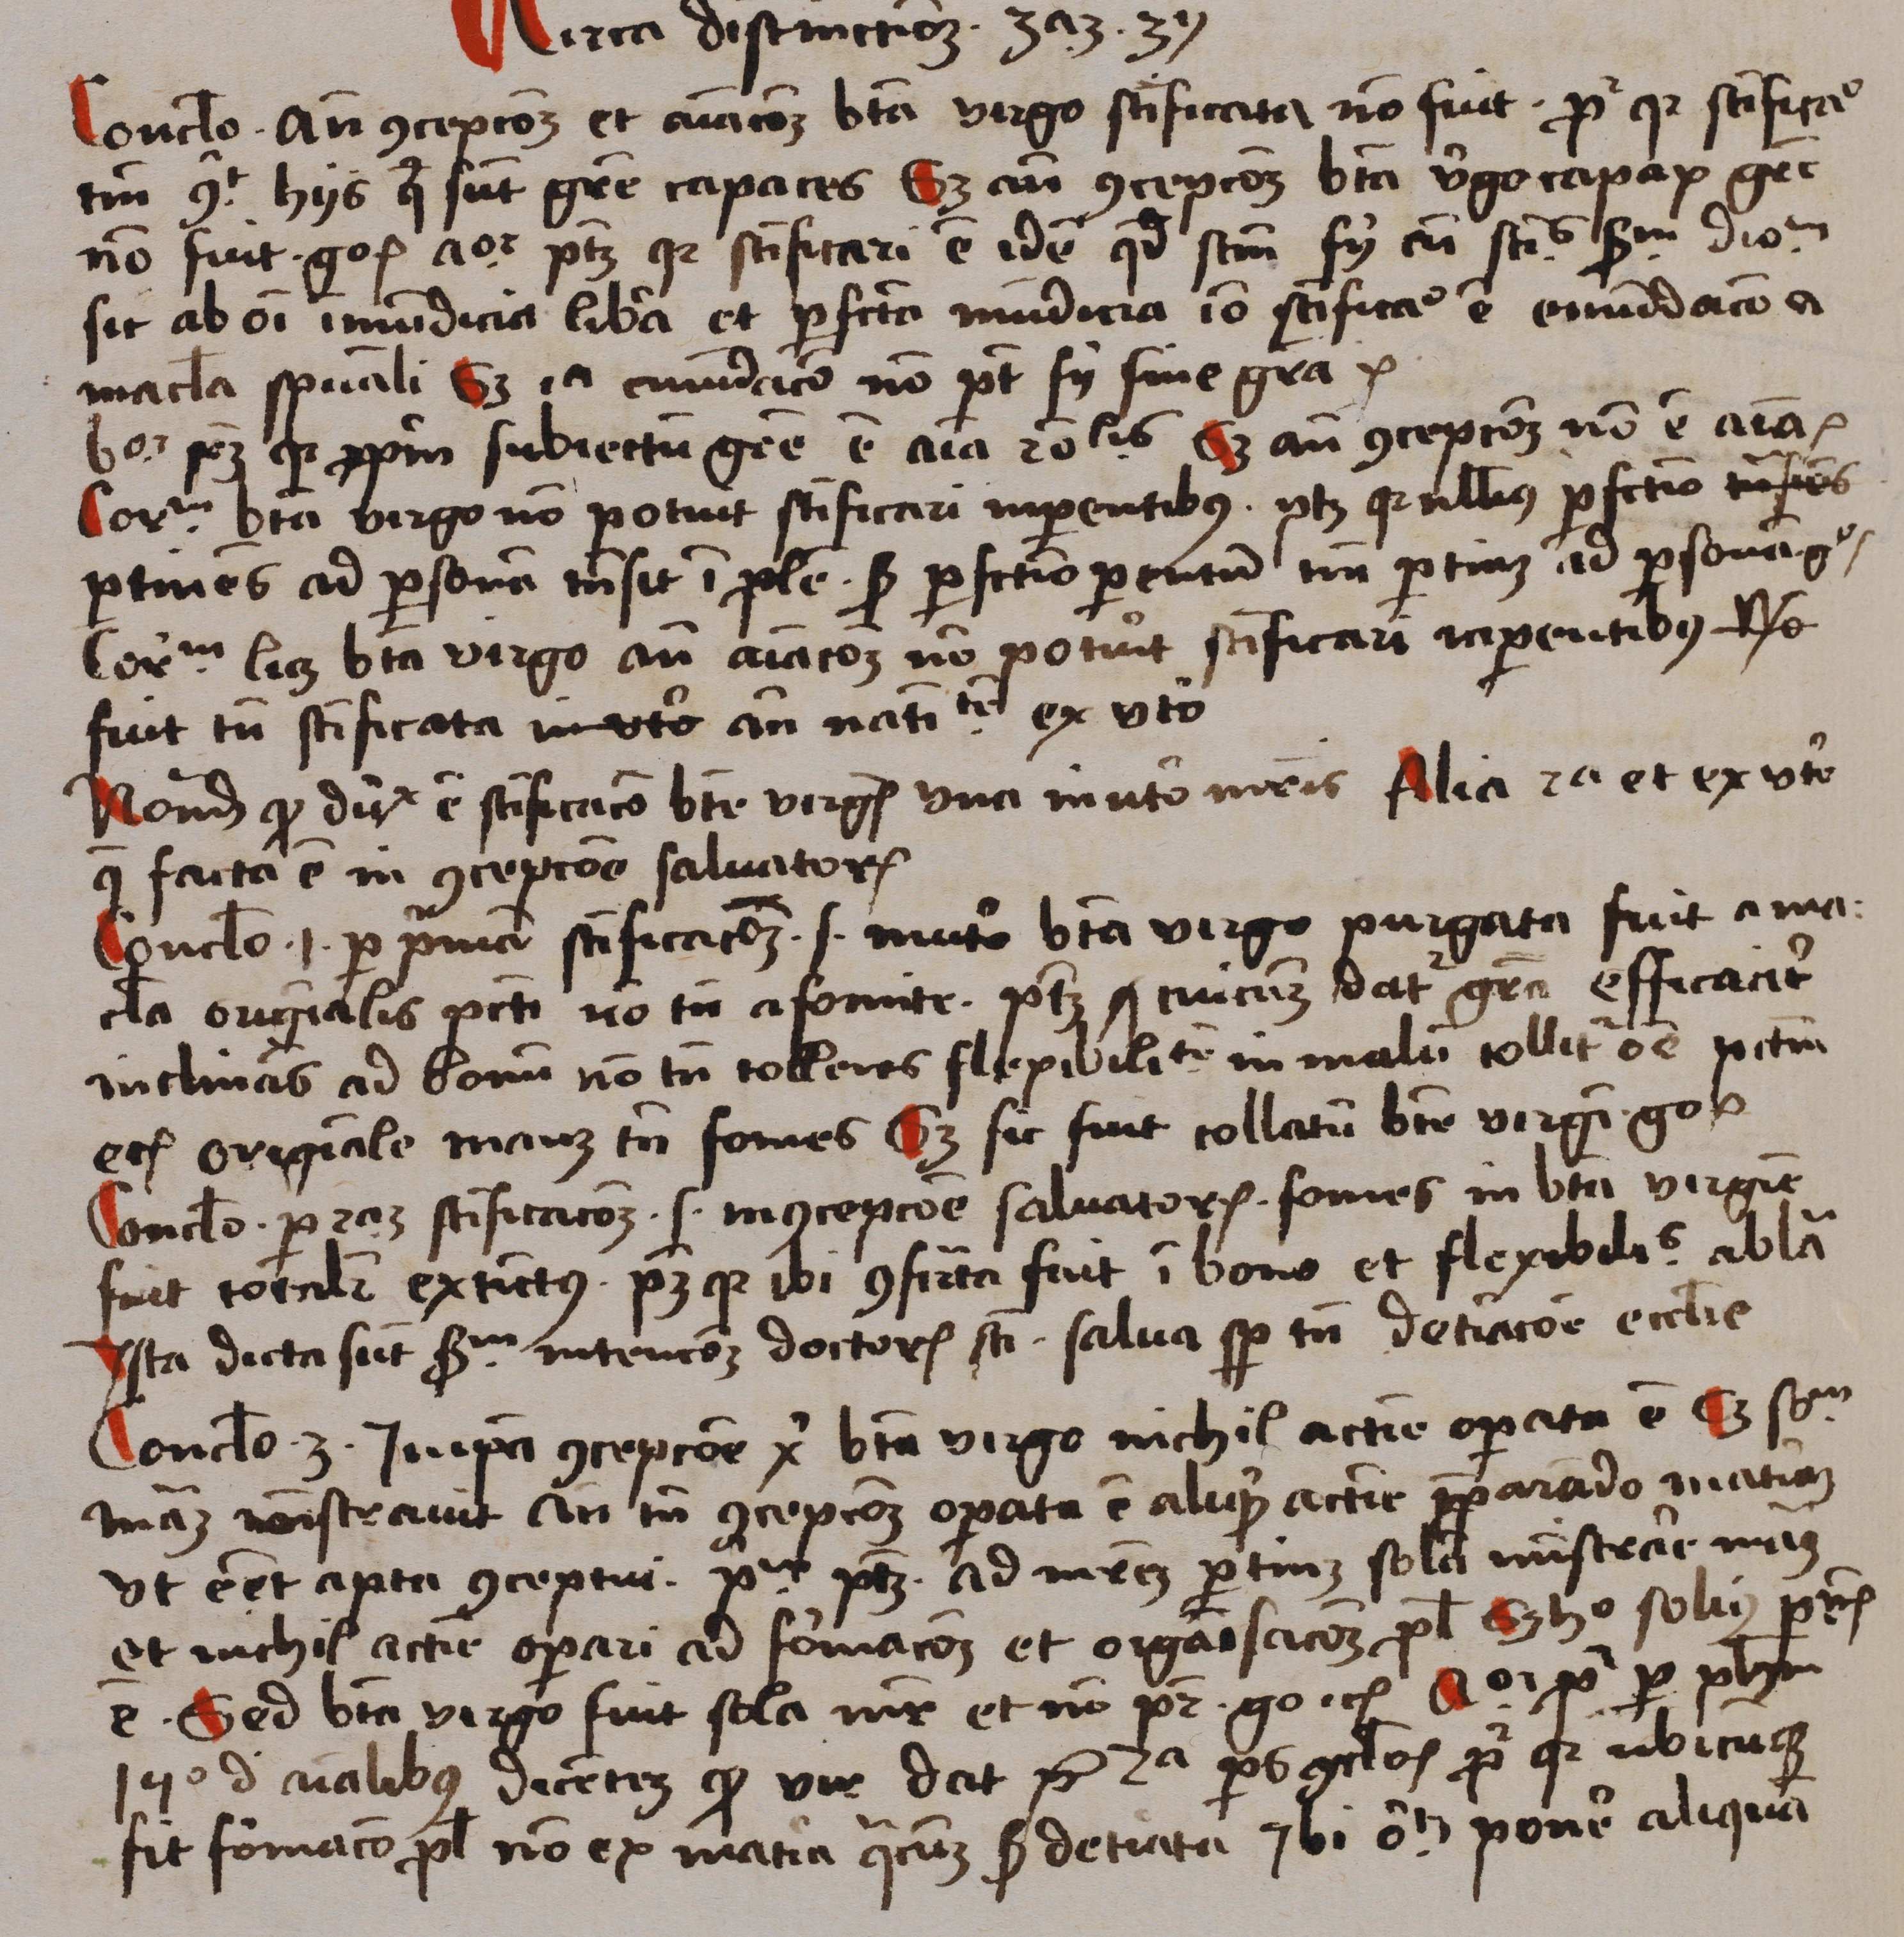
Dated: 1488–1488